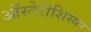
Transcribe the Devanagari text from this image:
ऑस्टेरीशिस्षर